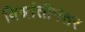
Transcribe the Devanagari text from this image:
विश्रांतीनंतर